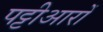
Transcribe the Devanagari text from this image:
पट्टीआरों